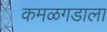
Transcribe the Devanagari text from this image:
कमळगडाला